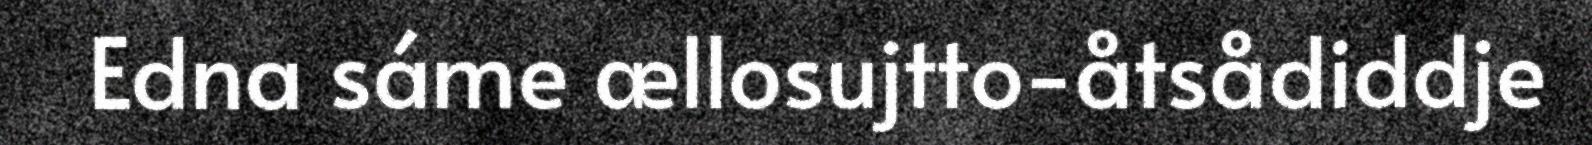
Edna sáme ællosujtto-åtsådiddje